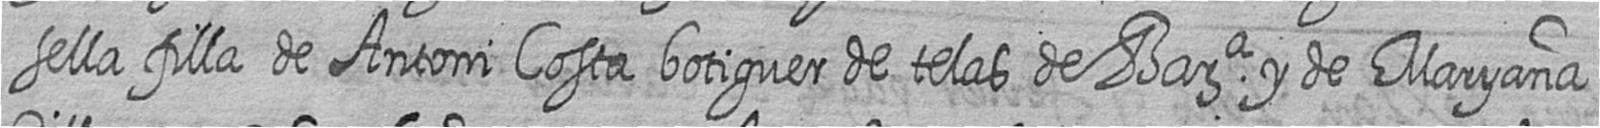
sella filla de Antoni Costa botiguer de telas de Bara y de Maryana